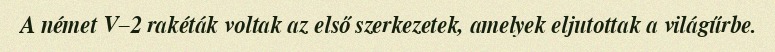
A német V–2 rakéták voltak az első szerkezetek, amelyek eljutottak a világűrbe.